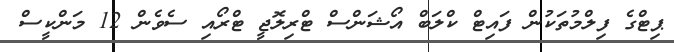
ޕިޓްގެ ފިލްމުތަކުން ފައިޓް ކްލަބް އޯޝަންސް ޓްރިލޮޖީ ޓްރޯއި ސެވެން 12 މަންކީސް